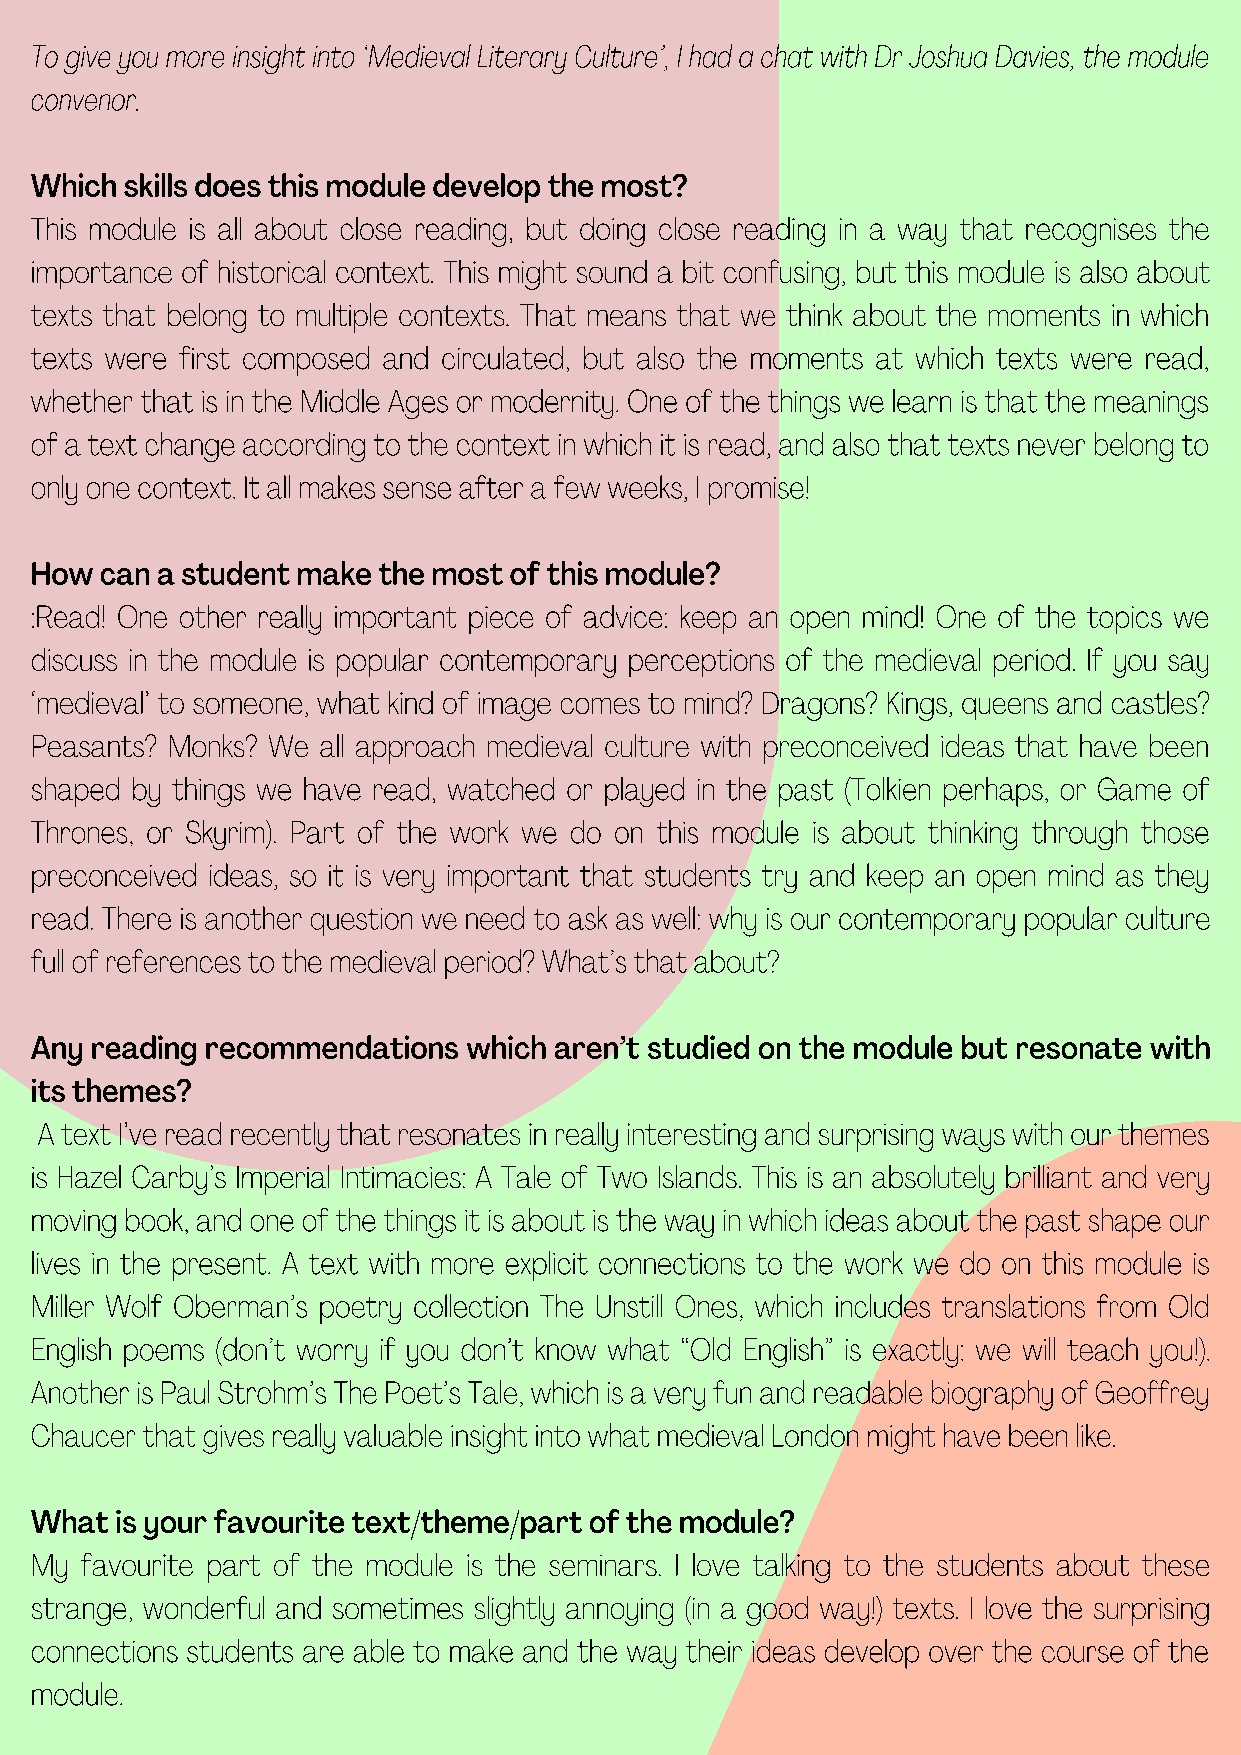
To give you more insight into ‘Medieval Literary Culture’, I had a chat with Dr Joshua Davies, the module
 convenor.
 Which skills does this module develop the most?
 This module is all about close reading, but doing close reading in a way that recognises the
 importance of historical context. This might sound a bit confusing, but this module is also about
 texts that belong to multiple contexts. That means that we think about the moments in which
 texts were first composed and circulated, but also the moments at which texts were read,
 whether that is in the Middle Ages or modernity. One of the things we learn is that the meanings
 of a text change according to the context in which it is read, and also that texts never belong to
 only one context. It all makes sense after a few weeks, I promise!
 How  can a student make the most of this module?
 :Read! One other really important piece of advice: keep an open mind! One of the topics we
 discuss in the module is popular contemporary perceptions of the medieval period. If you say
 ‘medieval’ to someone, what kind of image comes to mind? Dragons? Kings, queens and castles?
 Peasants? Monks? We all approach medieval culture with preconceived ideas that have been
 shaped by things we have read, watched or played in the past (Tolkien perhaps, or Game of
 Thrones, or Skyrim). Part of the work we do on this module is about thinking through those
 preconceived ideas, so it is very important that students try and keep an open mind as they
 read. There is another question we need to ask as well: why is our contemporary popular culture
 full of references to the medieval period? What’s that about?
 Any reading recommendations  which aren’t studied on the module but resonate with
 its themes?
 A text I’ve read recently that resonates in really interesting and surprising ways with our themes
 is Hazel Carby’s Imperial Intimacies: A Tale of Two Islands. This is an absolutely brilliant and very
 moving book, and one of the things it is about is the way in which ideas about the past shape our
 lives in the present. A text with more explicit connections to the work we do on this module is
 Miller Wolf Oberman’s poetry collection The Unstill Ones, which includes translations from Old
 English poems (don’t worry if you don’t know what “Old English” is exactly: we will teach you!).
 Another is Paul Strohm’s The Poet’s Tale, which is a very fun and readable biography of Geoffrey
 Chaucer that gives really valuable insight into what medieval London might have been like.
 What  is your favourite text/theme/part of the module?
 My favourite part of the module is the seminars. I love talking to the students about these
 strange, wonderful and sometimes slightly annoying (in a good way!) texts. I love the surprising
 connections students are able to make and the way their ideas develop over the course of the
 module.